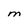
Character: M